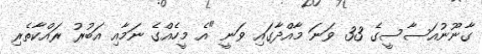
ގާނޫނުއަސާސީގެ 33 ވަނަ މާއްދާގައި ވަނީ "އެ މީހެއްގެ ނަމާއި އަބުރު ރައްކާތެރި